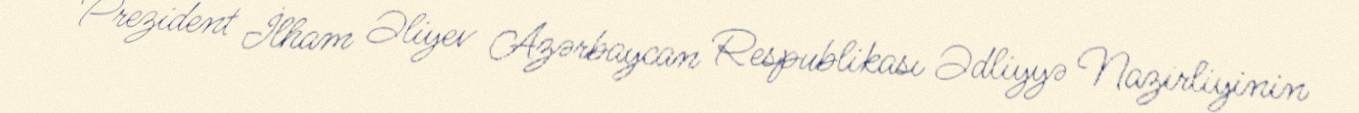
Prezident İlham Əliyev Azərbaycan Respublikası Ədliyyə Nazirliyinin